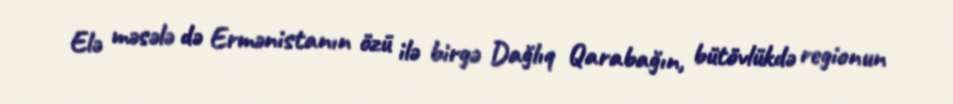
Elə məsələ də Ermənistanın özü ilə birgə Dağlıq Qarabağın, bütövlükdə regionun